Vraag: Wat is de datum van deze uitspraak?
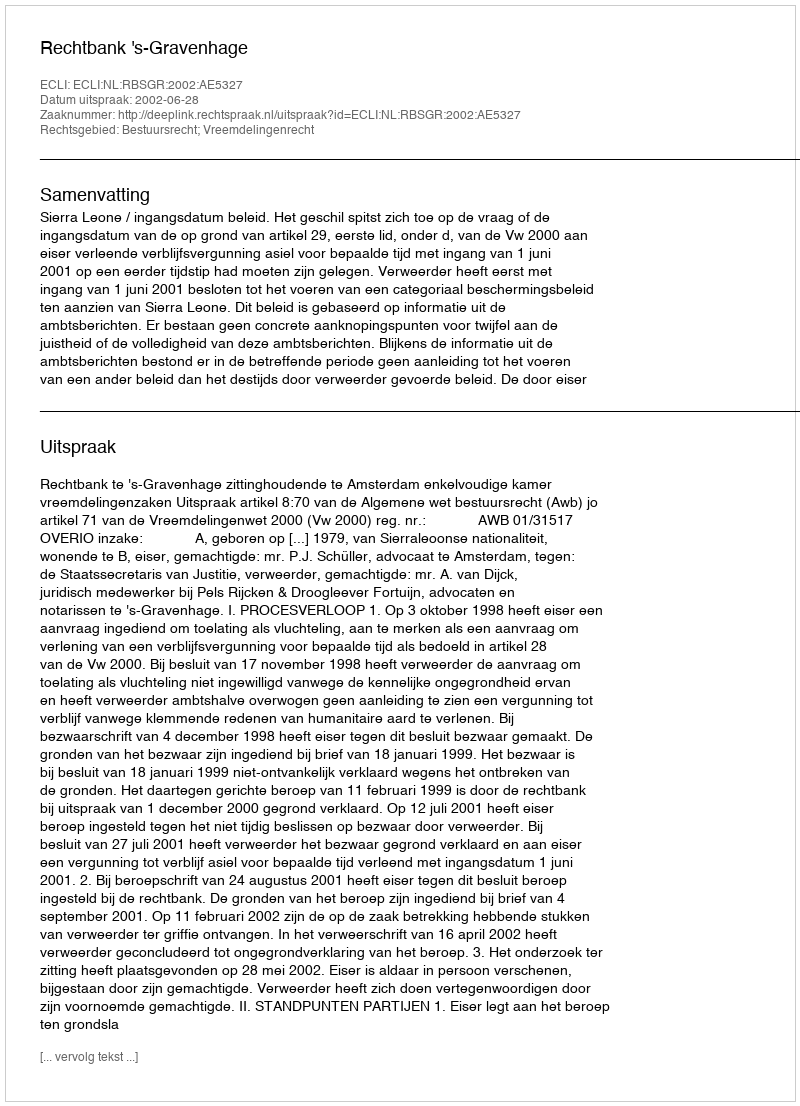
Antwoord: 2002-06-28